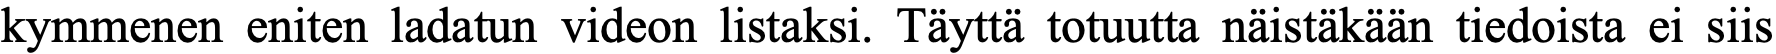
kymmenen eniten ladatun videon listaksi. Täyttä totuutta näistäkään tiedoista ei siis